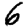
Digit: 6